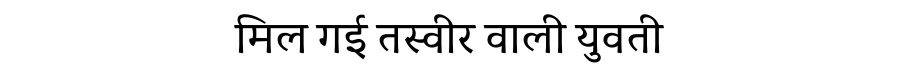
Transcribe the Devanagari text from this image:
मिल गई तस्वीर वाली युवती